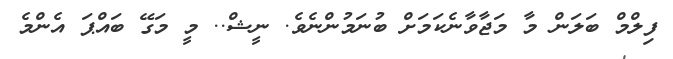
ފިލްމް ބަލަން މާ މަޖާވާނެކަމަށް ބުނަމުންނެވެ. ނީޝް.. މީ މަގޭ ބައްޕަ އެންމެ